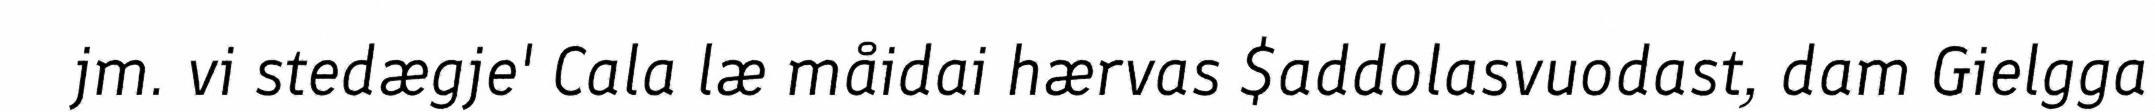
jm. vi stedægje' Cala læ måidai hærvas $addolasvuodast, dam Gielgga